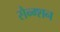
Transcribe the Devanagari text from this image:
सैन्ग्शन